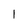
Character: 1